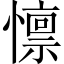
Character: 懔